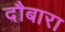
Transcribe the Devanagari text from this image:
दौबारा